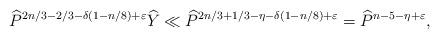
LaTeX: \begin{align*}\widehat{P}^{2n/3 -2/3 -\delta(1-n/8)+\varepsilon}\widehat{Y}\ll \widehat{P}^{2n/3+1/3-\eta -\delta(1-n/8)+\varepsilon}=\widehat{P}^{n-5-\eta+\varepsilon},\end{align*}